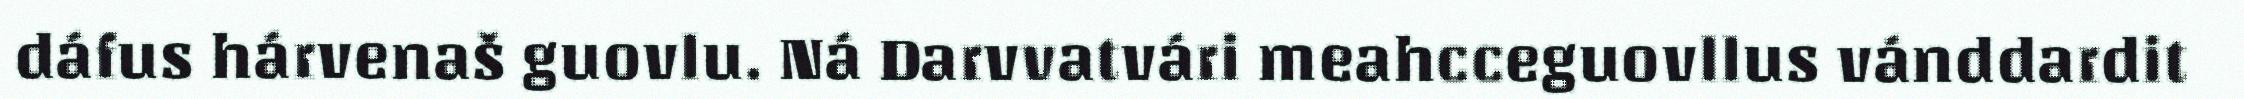
dáfus hárvenaš guovlu. Ná Darvvatvári meahcceguovllus vánddardit